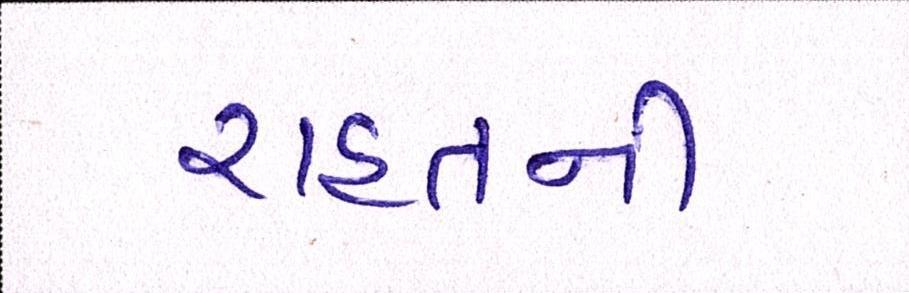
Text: રાહતની